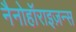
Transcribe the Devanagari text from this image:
नैनोहॉराइज़न्स